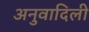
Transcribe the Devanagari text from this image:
अनुवादिली